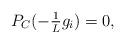
LaTeX: \begin{align*}\textstyle P_C(-\frac{1}{L}g_i) = 0,\end{align*}